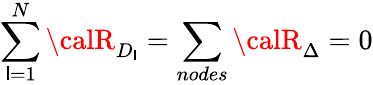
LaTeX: \sum_{\mathsf{l}=1}^{N}{\calR}_{D_{\mathsf{l}}}=\sum_{nodes}{\calR}_{\Delta}=0